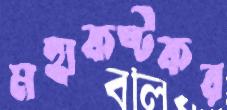
মহাকষ্টকর